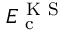
E _ { \mathrm { ~ c ~ } } ^ { \mathrm { ~ K ~ S ~ } }